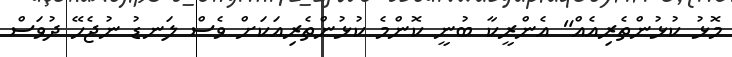
މޮޅު ކުޅުންތެރިއެއް" އެންރީކާ ބުނީ ކޮންމެ ކުޅުންތެރިއަކަށް ވެސް ލަނޑު ނުޖެހޭ ދުވަސް